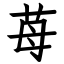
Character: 苺